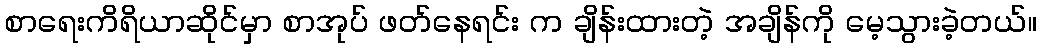
စာရေးကိရိယာဆိုင်မှာ စာအုပ် ဖတ်နေရင်း က ချိန်းထားတဲ့ အချိန်ကို မေ့သွားခဲ့တယ်။